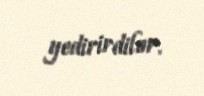
yedirirdilər.